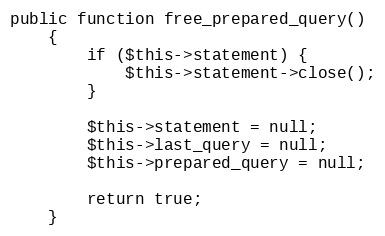
Language: PHP
public function free_prepared_query()
    {
        if ($this->statement) {
            $this->statement->close();
        }

        $this->statement = null;
        $this->last_query = null;
        $this->prepared_query = null;

        return true;
    }